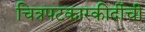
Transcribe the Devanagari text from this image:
चित्रपटकारकीर्दीची